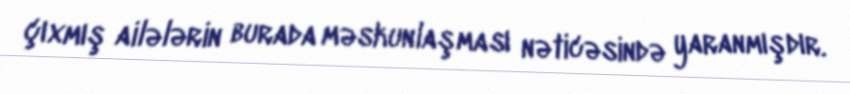
çıxmış ailələrin burada məskunlaşması nəticəsində yaranmışdır.